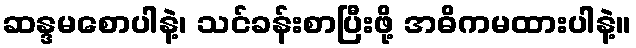
ဆန္ဒမစောပါနဲ့၊ သင်ခန်းစာပြီးဖို့ အဓိကမထားပါနဲ့။